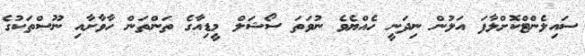
ސައިލެންޓްކޮށްލާފަ އަލުން ނިދަނީ ހެއްޔެވެ ނުވަތަ ސޯޝަލް މީޑިއާގެ ތަންތަން ހާވާށާއި ނޫސްތަކުގެ